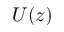
U ( z )